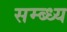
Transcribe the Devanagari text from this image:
सम्ब्ध्य